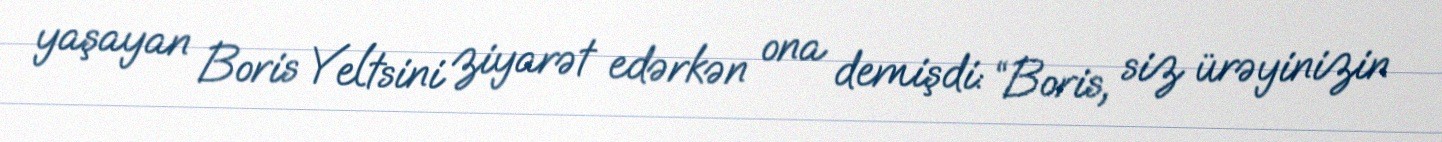
yaşayan Boris Yeltsini ziyarət edərkən ona demişdi: “Boris, siz ürəyinizin